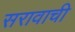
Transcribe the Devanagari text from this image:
सरावाची